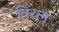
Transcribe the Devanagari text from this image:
त्रिरत्न्